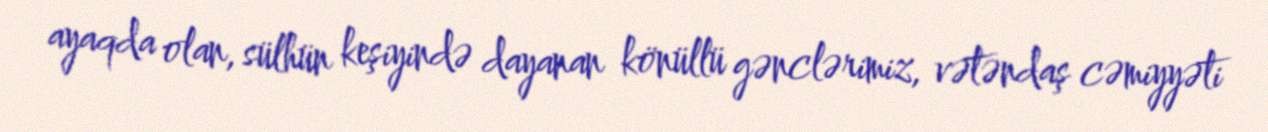
ayaqda olan, sülhün keşiyində dayanan könüllü gənclərimiz, vətəndaş cəmiyyəti